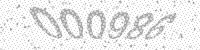
Solution: 000986